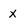
Character: X